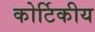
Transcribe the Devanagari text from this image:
कोर्टिकीय